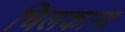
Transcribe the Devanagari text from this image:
चिलकाना